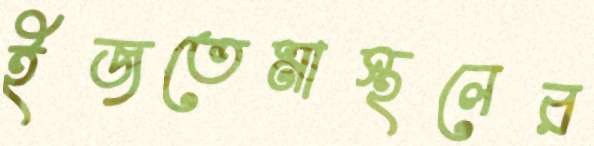
ইজতেমাস্থলের